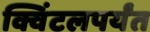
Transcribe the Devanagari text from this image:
क्विंटलपर्यंत